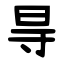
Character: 㝵